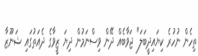
ތިހެން ނުހުރެ ކިޔައިދީބަލަ" ޖަވާބެއް ދޭން ވިސްނަމުން ދިޔަ ޒީވާގެ ދެއަތުގައި ޝަނޫޒާ